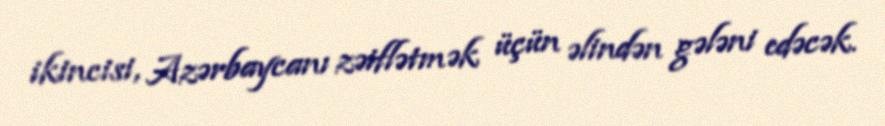
ikincisi, Azərbaycanı zəiflətmək üçün əlindən gələni edəcək.